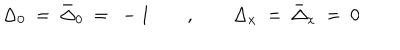
\Delta _ { 0 } \ = \ \bar { \Delta } _ { 0 } \ = \ - 1 \qquad , \qquad \Delta _ { x } \ = \ \bar { \Delta } _ { x } \ = \ 0